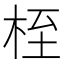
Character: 桎